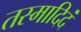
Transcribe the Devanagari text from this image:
तस्मादिदं